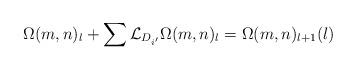
LaTeX: \begin{align*}\Omega(m,n)_l+\sum\mathcal L_{D_{i'}}\Omega(m,n)_l=\Omega(m,n)_{l+1}(l)\end{align*}